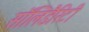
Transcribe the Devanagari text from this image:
सॉलिडैरिटी